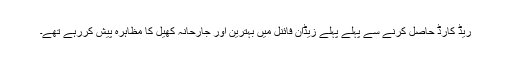
ریڈ کارڈ حاصل کرنے سے پہلے پہلے زیڈان فائنل میں بہترین اور جارحانہ کھیل کا مظاہرہ پیش کررہے تھے۔